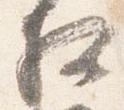
相